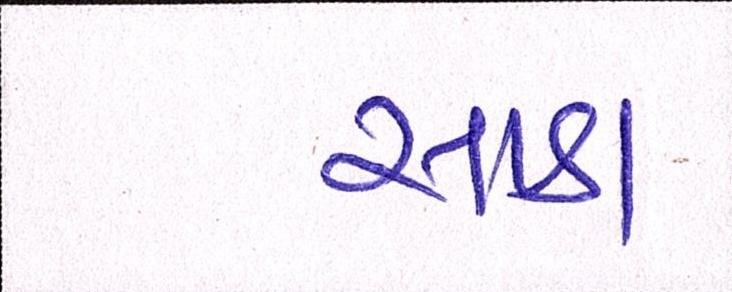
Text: સાડા